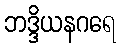
ဘဒ္ဒိယနဂရေ